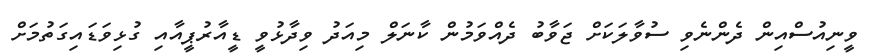
ވީނިއުސްއިން ދެންނެވި ސުވާލަކަށް ޖަވާބު ދެއްވަމުން ކާނަލް މިއަދު ވިދާޅުވީ ޑީއާރުޕީއާއި ގުޅިވަޑައިގަތުމަށް